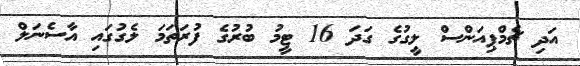
އަދި ޗެމްޕިއަންސް ލީގުގެ ގަދަ 16 ޓީމު ބުރުގެ ފުރަތަމަ ލެގުގައި އާސެނަލް